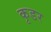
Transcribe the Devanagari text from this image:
कृडर